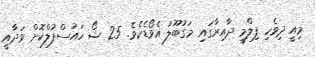
މިއީ ދިވެހި ފިލްމީ ދާއިރާގައި މަގުބޫލު އެވޯޑެކެވެ. 25 ޝޯ ހައުސްފުލްކޮށް ވަދާއީ